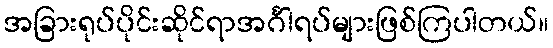
အခြားရုပ်ပိုင်းဆိုင်ရာအင်္ဂါရပ်များဖြစ်ကြပါတယ်။